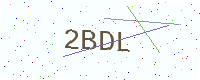
Text: 2BDL